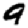
Digit: 9